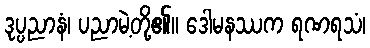
ဒုပ္ပညာနံ၊ ပညာမဲ့တို့၏။ ဒေါမနဿက ရဏရသံ၊